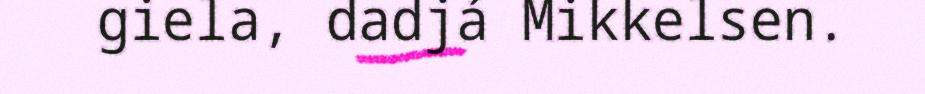
giela, dadjá Mikkelsen.